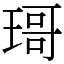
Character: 𱯍